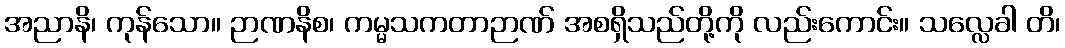
အညာနိ၊ ကုန်သော။ ဉာဏနိစ၊ ကမ္မသကတာဉာဏ် အစရှိသည်တို့ကို လည်းကောင်း။ သလ္လေခါ တိ၊